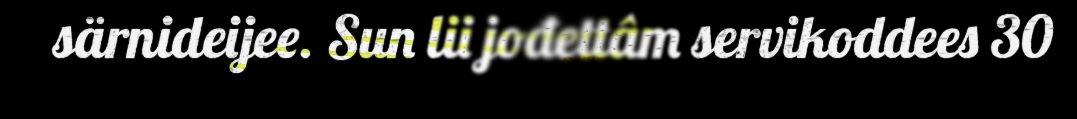
särnideijee. Sun lii jođettâm servikoddees 30